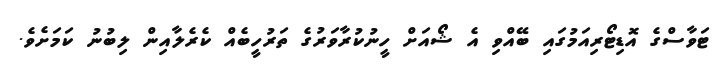
ޓަވާސްގެ އޮޑިޓޯރިއަމުގައި ބޭއްވި އެ ޝޯއަށް ހީނުކުރާވަރުގެ ތަރުހީބެއް ކެރެލާއިން ލިބުނު ކަމަށެވެ.